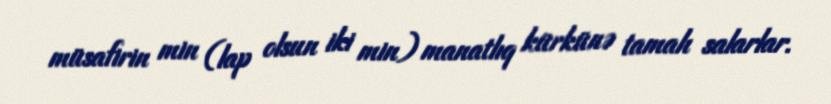
müsafirin min (lap olsun iki min) manatlıq kürkünə tamah salarlar.